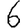
Digit: 6